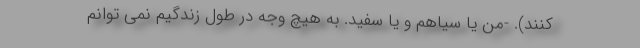
کنند). -من یا سیاهم و یا سفید. به هیچ وجه در طول زندگیم نمی توانم